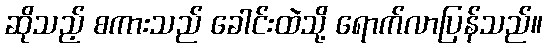
ဆိုသည့် စကားသည် ခေါင်းထဲသို့ ရောက်လာပြန်သည်။